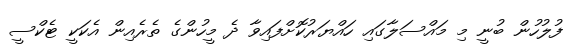
ފުލުހުން ބުނީ މި މައްސަލާގައި ހައްޔަރުކޮށްފައިވާ ދެ މީހުންގެ ތެރެއިން އެކަކީ ޓެކްސީ